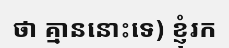
ថា គ្មាននោះទេ) ខ្ញុំរក